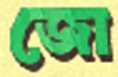
জো